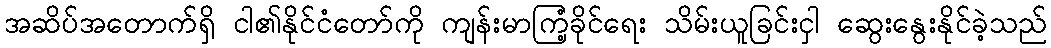
အဆိပ်အတောက်ရှိ ငါ၏နိုင်ငံတော်ကို ကျန်းမာကြံ့ခိုင်ရေး သိမ်းယူခြင်းငှါ ဆွေးနွေးနိုင်ခဲ့သည်